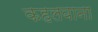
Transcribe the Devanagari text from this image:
कहलवाना